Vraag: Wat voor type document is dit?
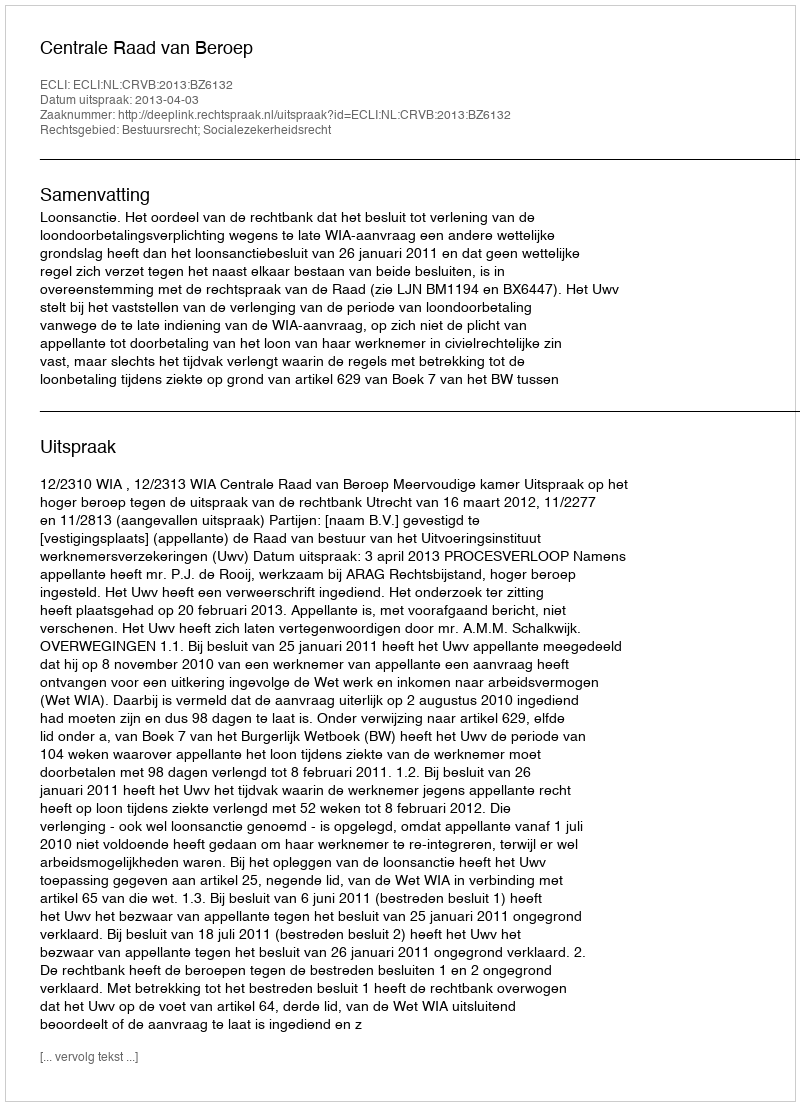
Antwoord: Uitspraak